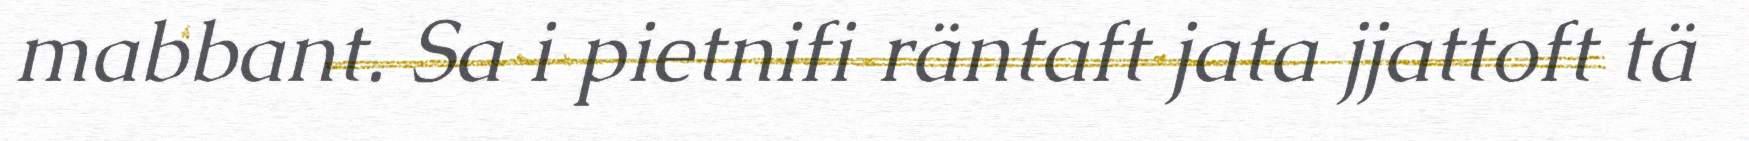
mabbant. Sa i pietnifi räntaft jata jjattoft tä